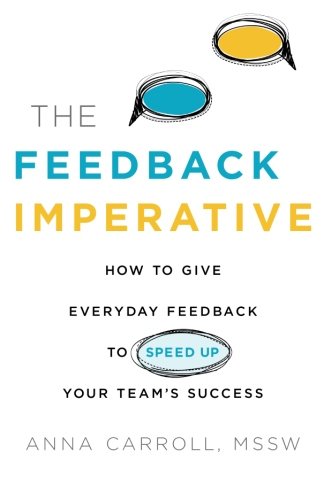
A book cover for The Feedback Imperative: How to Give Everyday Feedback to Speed Up Your Team's Success; Anna Carroll MSSW; Business & Money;